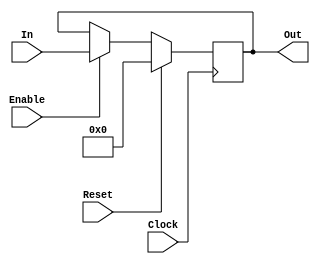
`timescale 1ns / 1ps

/*
    Um registrador de 32 bits com valor inicial 0
*/

module Register (
    input Clock,
    input Reset,
    input Enable,
    input [31:0] In,
    output reg [31:0] Out
    );

    initial Out = 0;

    always @(posedge Clock) begin
      Out <= (Reset) ? 0 : ((Enable) ? In : Out);
    end
endmodule